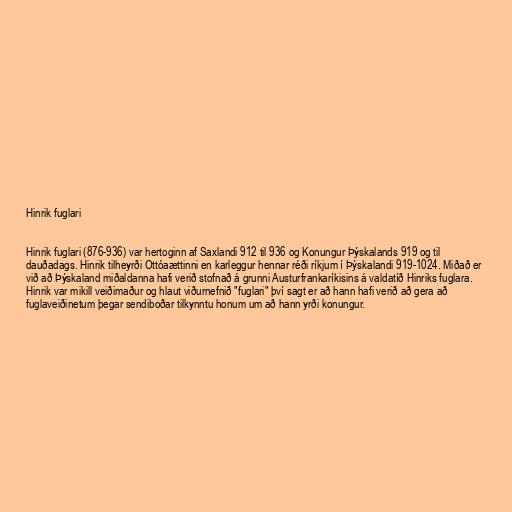
Hinrik fuglari

Hinrik fuglari (876-936) var hertoginn af Saxlandi 912 til 936 og Konungur Þýskalands 919 og til
dauðadags. Hinrik tilheyrði Ottóaættinni en karleggur hennar réði ríkjum í Þýskalandi 919-1024. Miðað er
við að Þýskaland miðaldanna hafi verið stofnað á grunni Austurfrankaríkisins á valdatíð Hinriks fuglara.
Hinrik var mikill veiðimaður og hlaut viðurnefnið "fuglari" því sagt er að hann hafi verið að gera að
fuglaveiðinetum þegar sendiboðar tilkynntu honum um að hann yrði konungur.